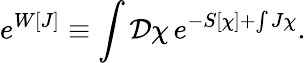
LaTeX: e^{W[J]}\equiv\int{\mathcal D}\chi\, e^{-S[\chi]+\int J\chi}.